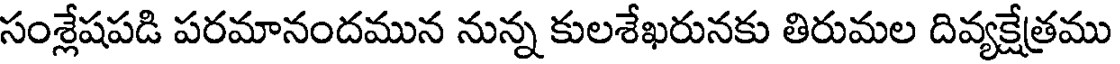
సంశ్లేషపడి పరమానందమున నున్న కులశేఖరునకు తిరుమల దివ్యక్షేత్రము